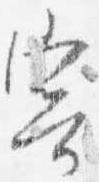
寄